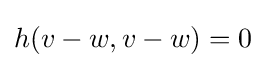
h(v-w,v-w)=0